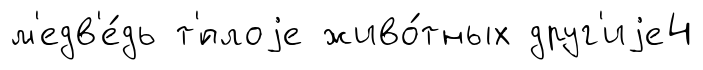
м'едв'е́дь т'́плоjе живо́тных друг'иjе4